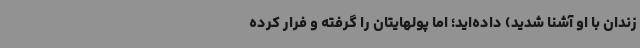
زندان با او آشنا شدید) داده‌اید؛ اما پولهایتان را گرفته و فرار کرده